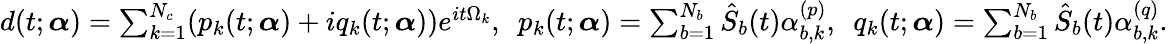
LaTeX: \begin{array}{r}{d(t;\boldsymbol{\alpha})=\sum_{k=1}^{N_{c}}(p_{k}(t;\boldsymbol{\alpha})+iq_{k}(t;\boldsymbol{\alpha}))e^{it\Omega_{k}},\ \ p_{k}(t;\boldsymbol{\alpha})=\sum_{b=1}^{N_{b}}\hat{S}_{b}(t)\alpha_{b,k}^{(p)},\ \ q_{k}(t;\boldsymbol{\alpha})=\sum_{b=1}^{N_{b}}\hat{S}_{b}(t)\alpha_{b,k}^{(q)}.}\end{array}